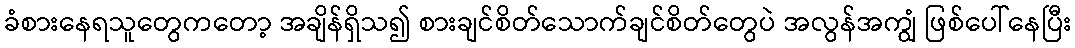
ခံစားနေရသူတွေကတော့ အချိန်ရှိသ၍ စားချင်စိတ်သောက်ချင်စိတ်တွေပဲ အလွန်အကျွံ ဖြစ်ပေါ်နေပြီး